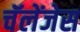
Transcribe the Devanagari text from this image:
चॅलेंजेस